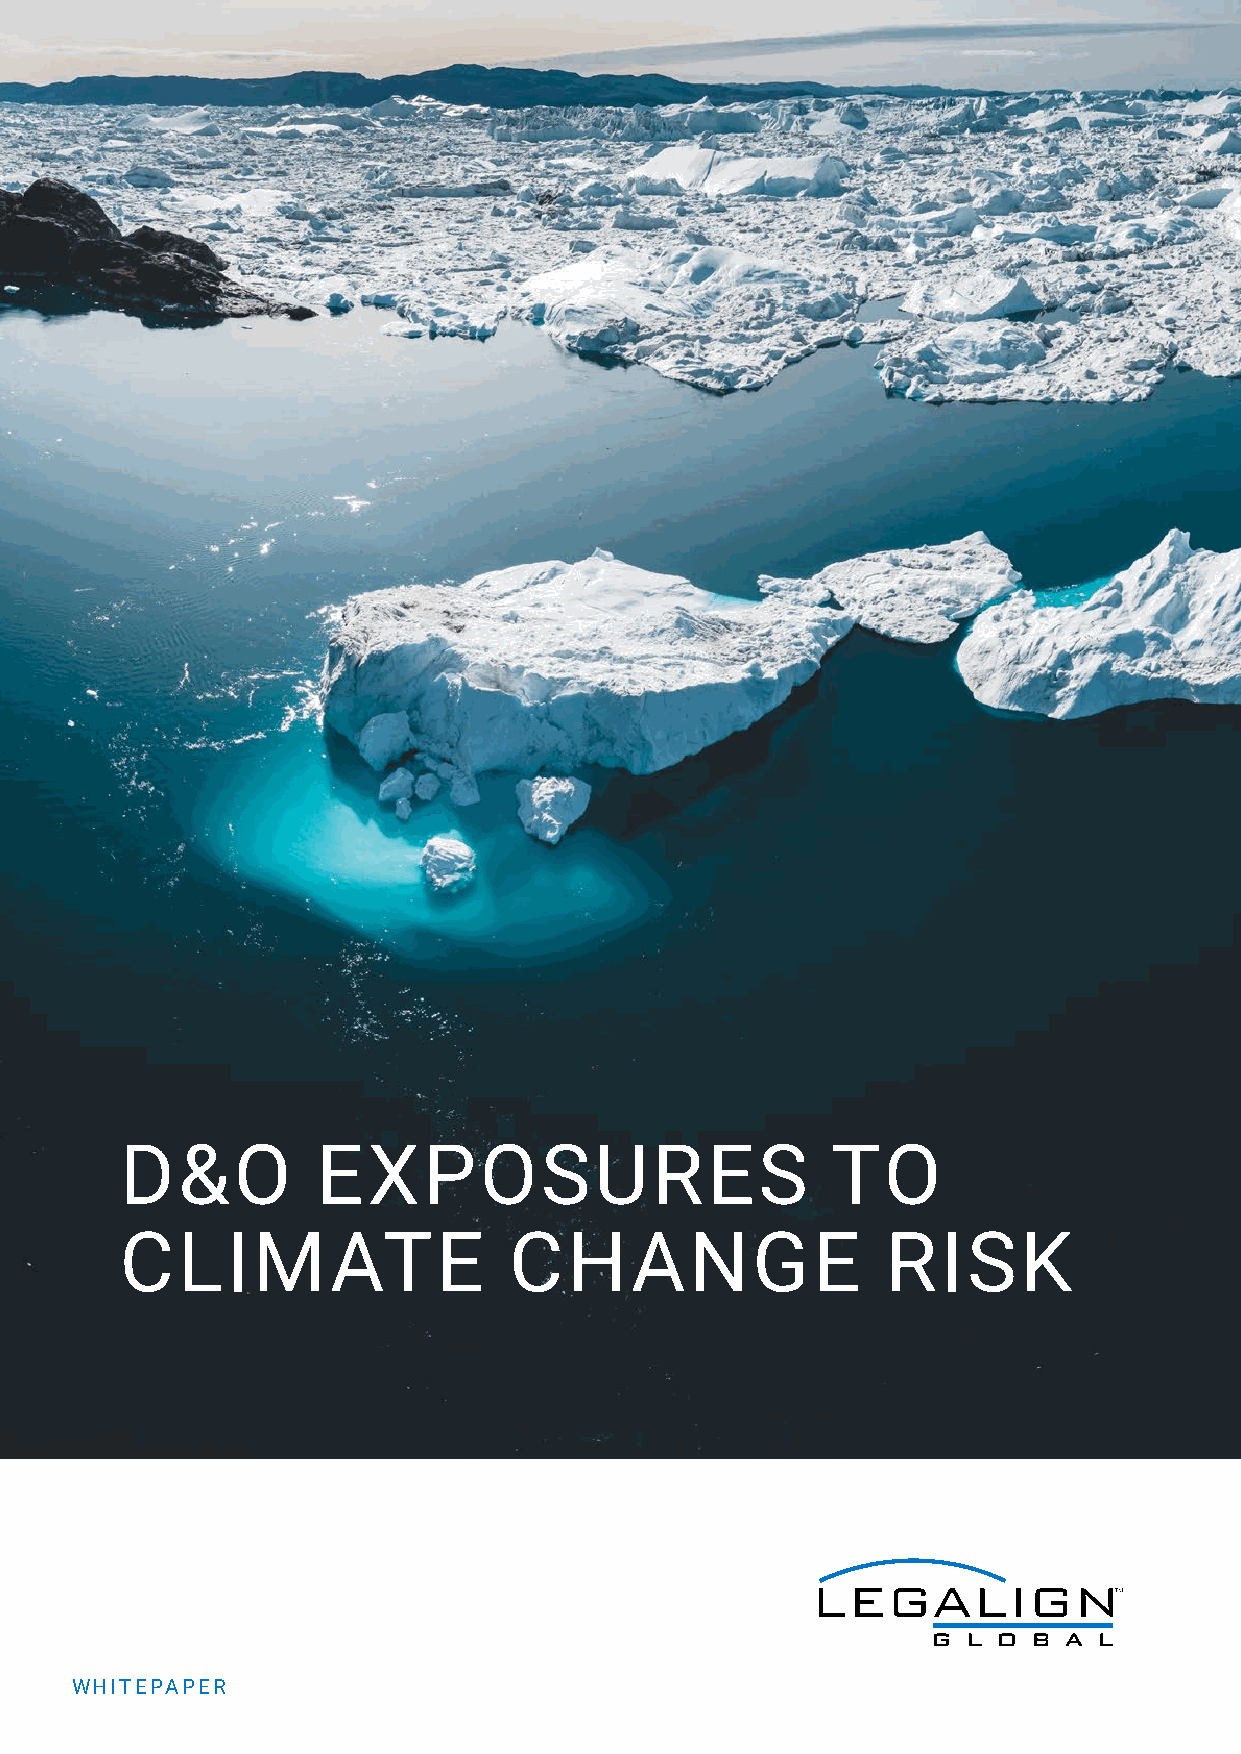
D&O          EXPOSURES                         TO
 CLIMATE                   CHANGE                   RISK
 WHITEPAPER